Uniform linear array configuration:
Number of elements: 12
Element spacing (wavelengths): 0.75
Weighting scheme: cosine
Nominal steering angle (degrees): -30
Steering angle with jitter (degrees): -29.157
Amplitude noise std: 0.05
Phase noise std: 0.05

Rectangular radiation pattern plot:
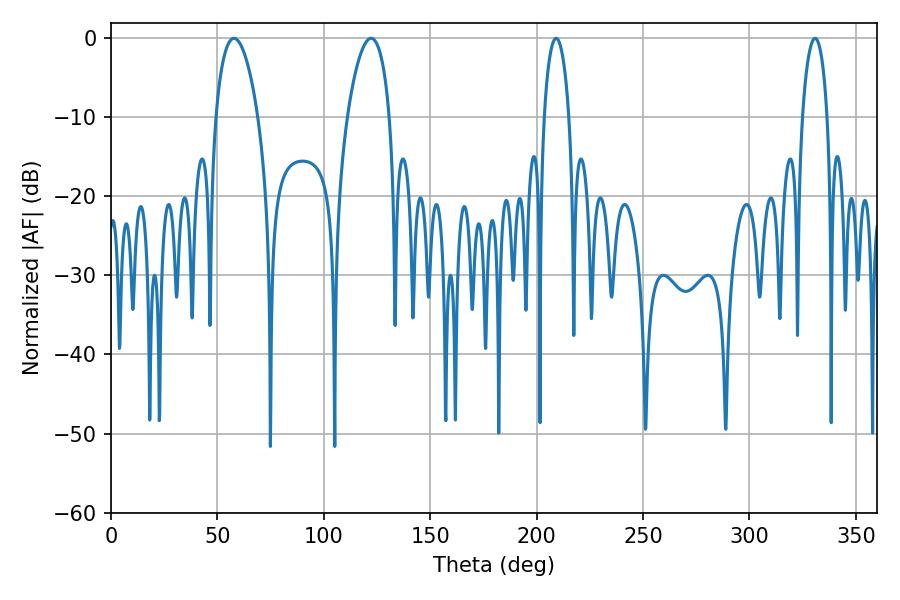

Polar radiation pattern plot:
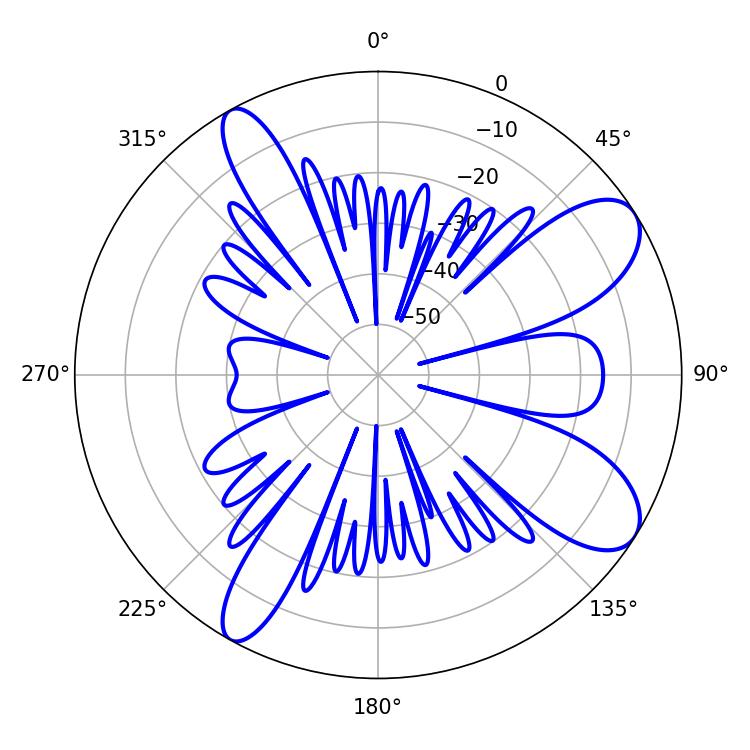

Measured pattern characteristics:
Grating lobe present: TRUE
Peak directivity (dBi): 9.287
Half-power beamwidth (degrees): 11.34
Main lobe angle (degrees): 57.78